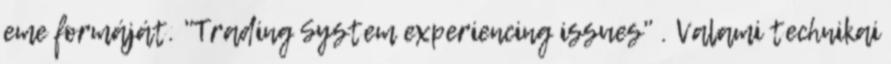
eme formáját. "Trading System experiencing issues" . Valami technikai